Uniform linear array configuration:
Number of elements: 4
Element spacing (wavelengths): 0.75
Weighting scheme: binomial
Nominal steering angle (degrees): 60
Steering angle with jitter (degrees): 58.366
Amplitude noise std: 0.05
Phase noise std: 0.05

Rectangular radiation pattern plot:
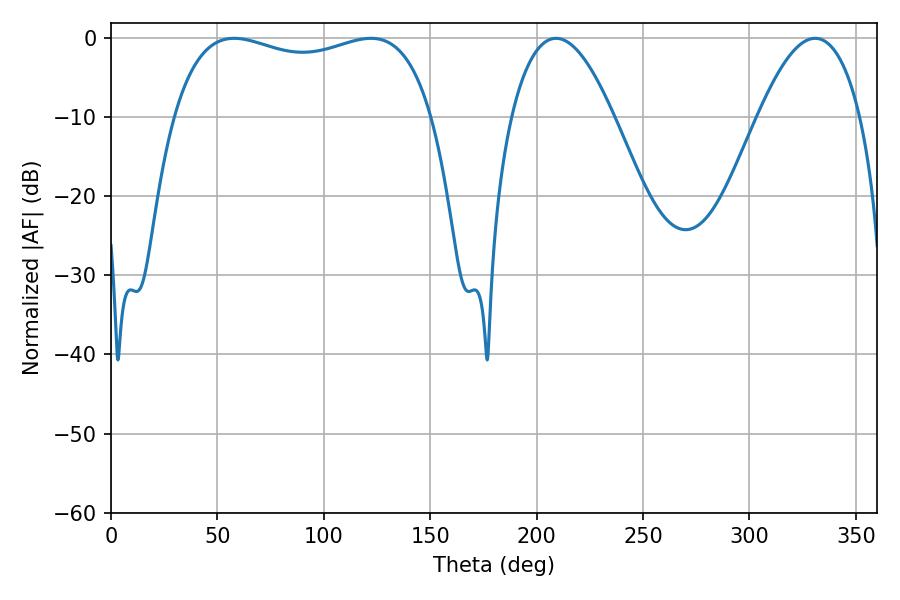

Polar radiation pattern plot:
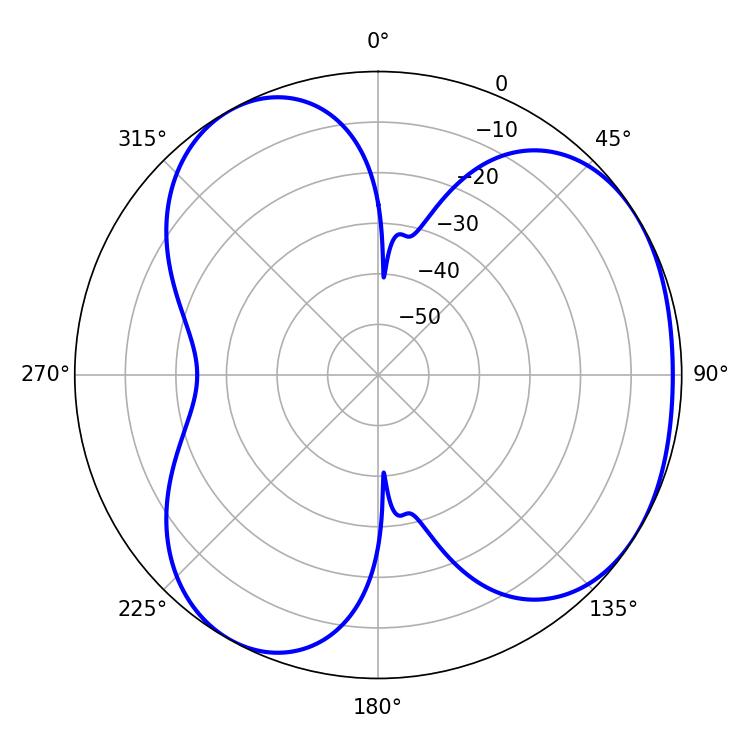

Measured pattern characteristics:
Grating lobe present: TRUE
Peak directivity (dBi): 3.938
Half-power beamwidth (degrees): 26.46
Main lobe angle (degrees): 209.16